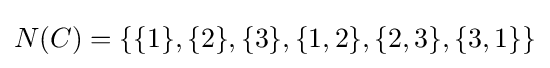
N(C)=\{\{1\},\{2\},\{3\},\{1,2\},\{2,3\},\{3,1\}\}